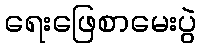
ရေးဖြေစာမေးပွဲ